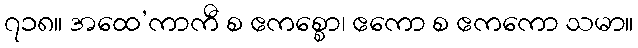
၇၁၈။ အထေ’ကာကီ စ ဧကစ္စော၊ ဧကော စ ဧကကော သမာ။